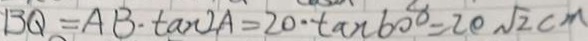
B Q = A B \cdot \tan 2 A = 2 0 \cdot \tan 6 0 ^ { 8 } = 2 0 \sqrt { 2 } c m